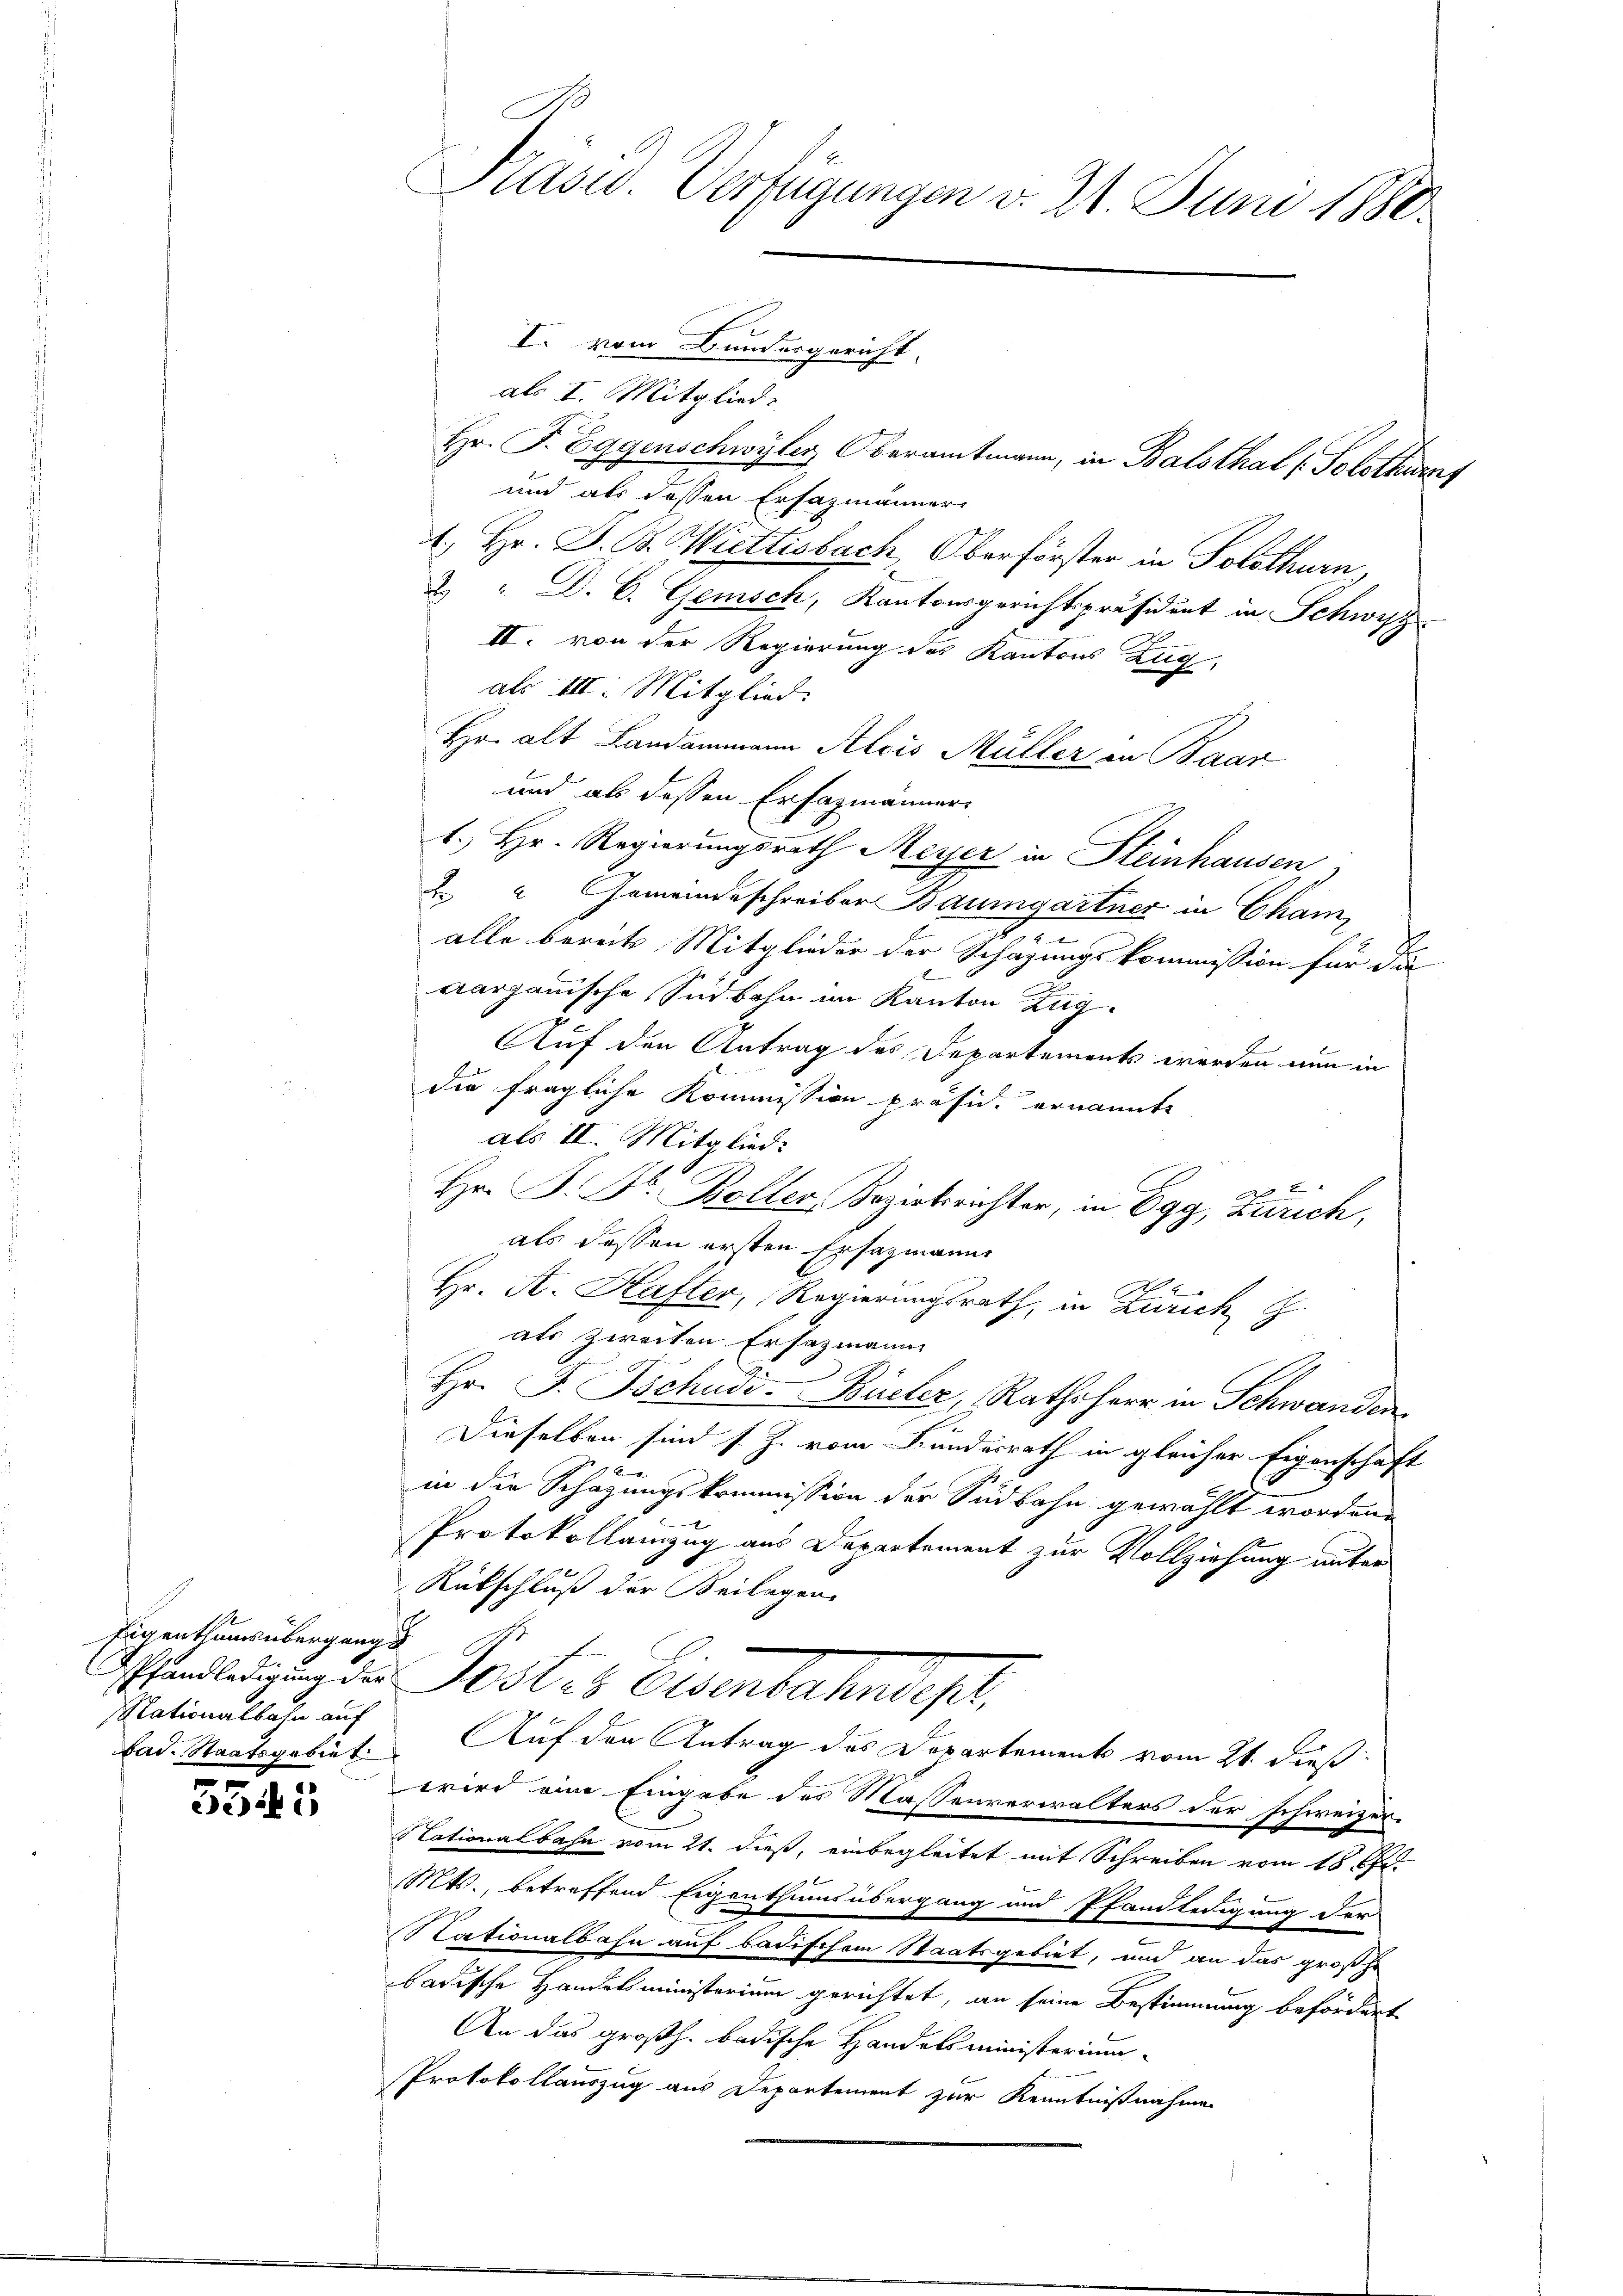
Eigenthums übergangs
Nationalbahn auf

.

I. vom Bundergericht.
als I. Mitgliede
Hr. P. Eggenschwyler Oberamtmann, in Balsthal (Solothurns
und als dessen Ersazmänner
4. Hr. J. B. Wietlisbach, Oberförster in Solothurn,
2 " D. C. Gemisch, Kantonsgerichtspräsident in Schwyz
II. von der Regierung des Kantons Zug,
als III. Mitglied:
Hr. alt Landammann Alois Müller an Baar
und als dessen Erfagmänner
1.) Hr. Regierungsrath Meyer in Steinhausen,
“ Gemeindeschreiber Baumgartner in Cham,
alle bereits Mitglieder der Schazungskommission für die
Aargauische Südbahn im Kanton Zug
Auf den Antrag des Departements werden nun in
die fragliche Kommission präsid. ernannte
als II. Mitglied.
Hr. P. F. Boller Bezirksrichter, in Egg, Zürich,
als dessen ersten Ersazmann
Ih
Hr. A. Hafter, Regierungsrath, in Zürich
als zweiten Ersazmann
Hr. J. Tschudi Büeler, Rathsherr in Schwanden
Dieselben sind s. Z. vom Bundesrath in gleicher Eigenschaft
in die Schazungskommission der Südbahn gewählt worden.
Protokollamzug aus Departement zur Vollziehung unter
Rückschluß der Beilagen,
Ehandlegung der Gestes Eisenbahndep
Lad. Staatsgebiet. Auf den Antrag des Departement vom 21. dieß
wird eine Eingabe des Massenverwalters der schweizer¬
Nationalbahn vom 21. dieß, einbegleitet mit Schreiben vom 18. fl.
Mts., betreffend Eigenthumsübergang und Pfandledigung der
Nationalbahn auf badischem Staatsgebiet, und an das großhe
badische Handelsministerium gerichtet, an seine Bestimmung befördert
An das großh. badische Handelsministerium
Protokollauszug aus Departement zur Kenntnißnahme

Präsid. Verfügungen d. 21. Juni 1880